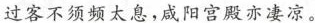
过客不须频太息，咸阳宫殿亦凄凉。